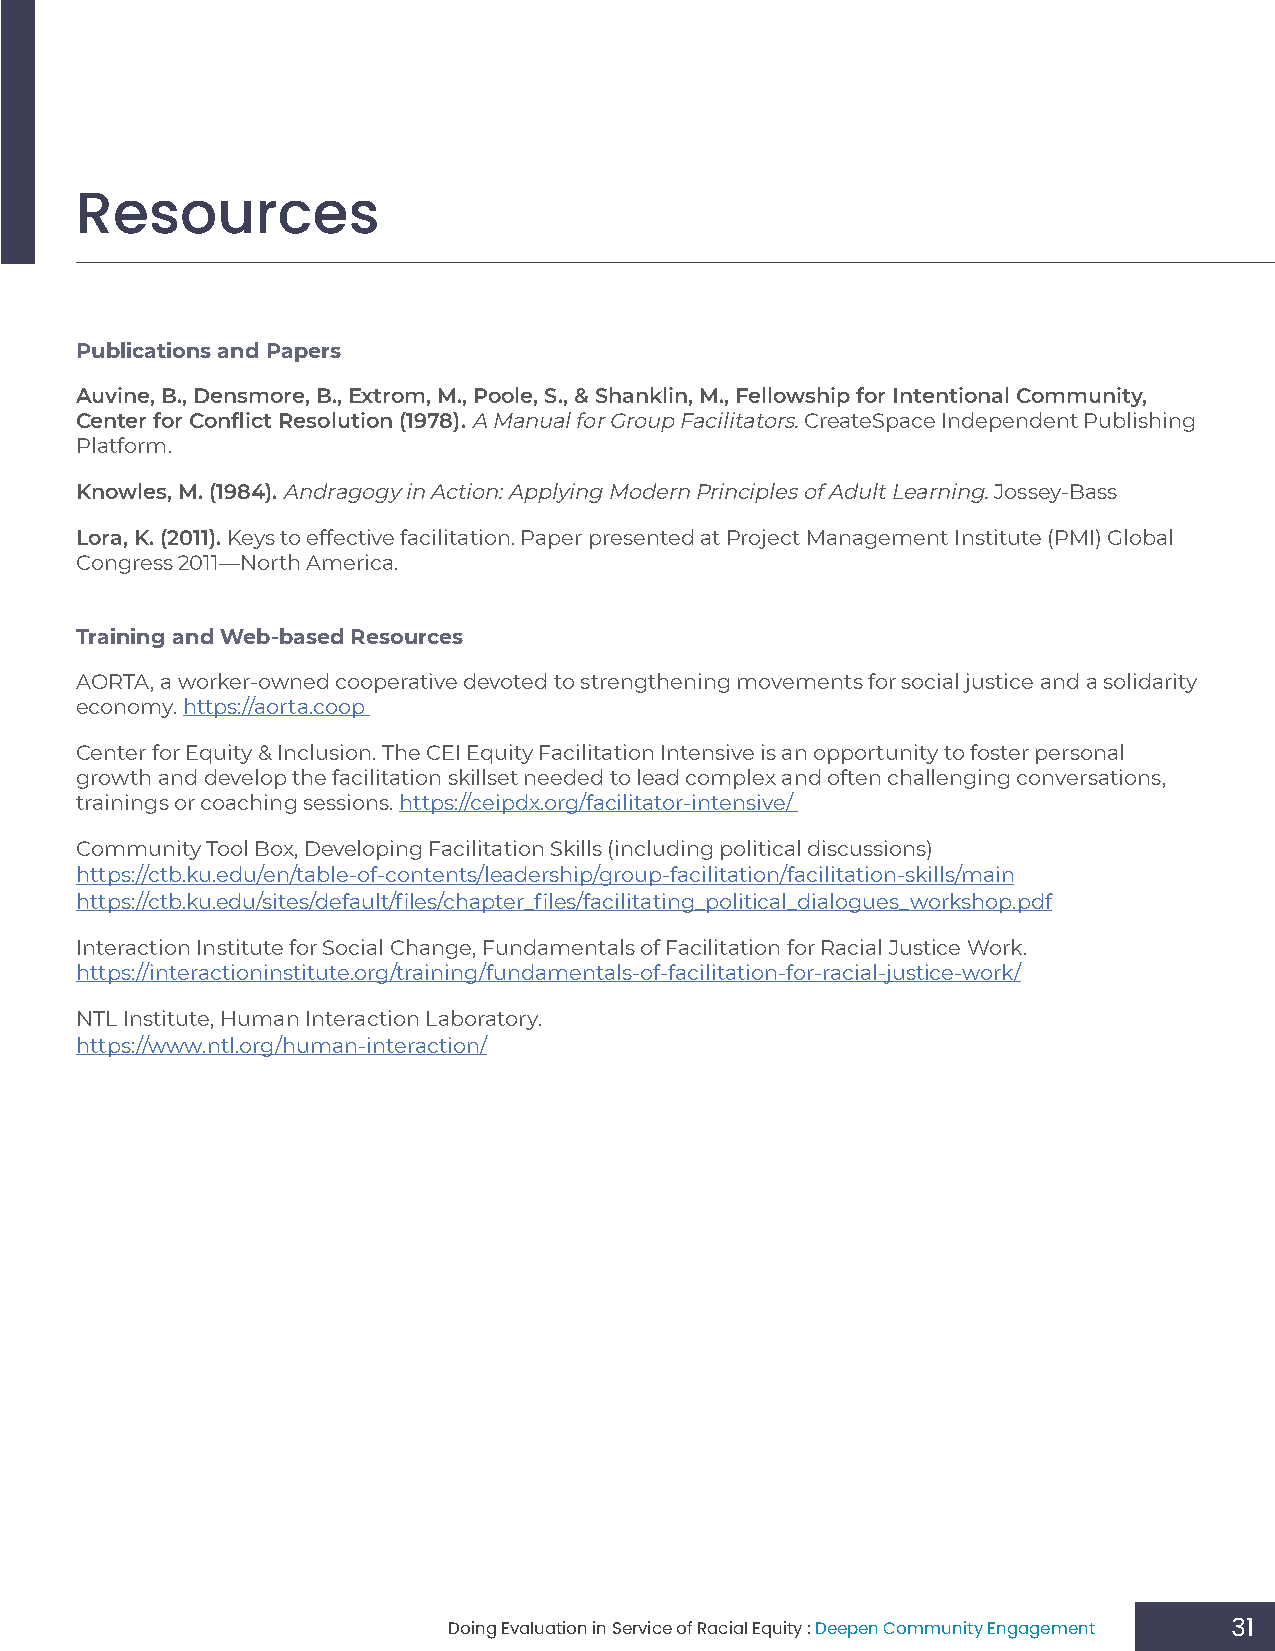
Resources
 Publications and Papers
 Auvine, B., Densmore, B., Extrom, M., Poole, S., & Shanklin, M., Fellowship for Intentional Community,
 Center for Conflict Resolution (1978). A Manual for Group Facilitators. CreateSpace Independent Publishing
 Platform.
 Knowles, M. (1984). Andragogy in Action: Applying Modern Principles of Adult Learning. Jossey-Bass
 Lora, K. (2011). Keys to effective facilitation. Paper presented at Project Management Institute (PMI) Global
 Congress 2011—North America.
 Training and Web-based Resources
 AORTA, a worker-owned cooperative devoted to strengthening movements for social justice and a solidarity
 economy. https://aorta.coop
 Center for Equity & Inclusion. The CEI Equity Facilitation Intensive is an opportunity to foster personal
 growth and develop the facilitation skillset needed to lead complex and often challenging conversations,
 trainings or coaching sessions. https://ceipdx.org/facilitator-intensive/
 Community Tool Box, Developing Facilitation Skills (including political discussions)
 https://ctb.ku.edu/en/table-of-contents/leadership/group-facilitation/facilitation-skills/main
 https://ctb.ku.edu/sites/default/files/chapter_files/facilitating_political_dialogues_workshop.pdf
 Interaction Institute for Social Change, Fundamentals of Facilitation for Racial Justice Work.
 https://interactioninstitute.org/training/fundamentals-of-facilitation-for-racial-justice-work/
 NTL Institute, Human Interaction Laboratory.
 https://www.ntl.org/human-interaction/
 Doing Evaluation in Service of Racial Equity : Deepen Community Engagement 31